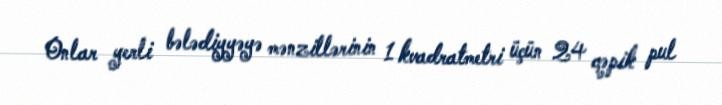
Onlar yerli bələdiyyəyə mənzillərinin 1 kvadratmetri üçün 24 qəpik pul